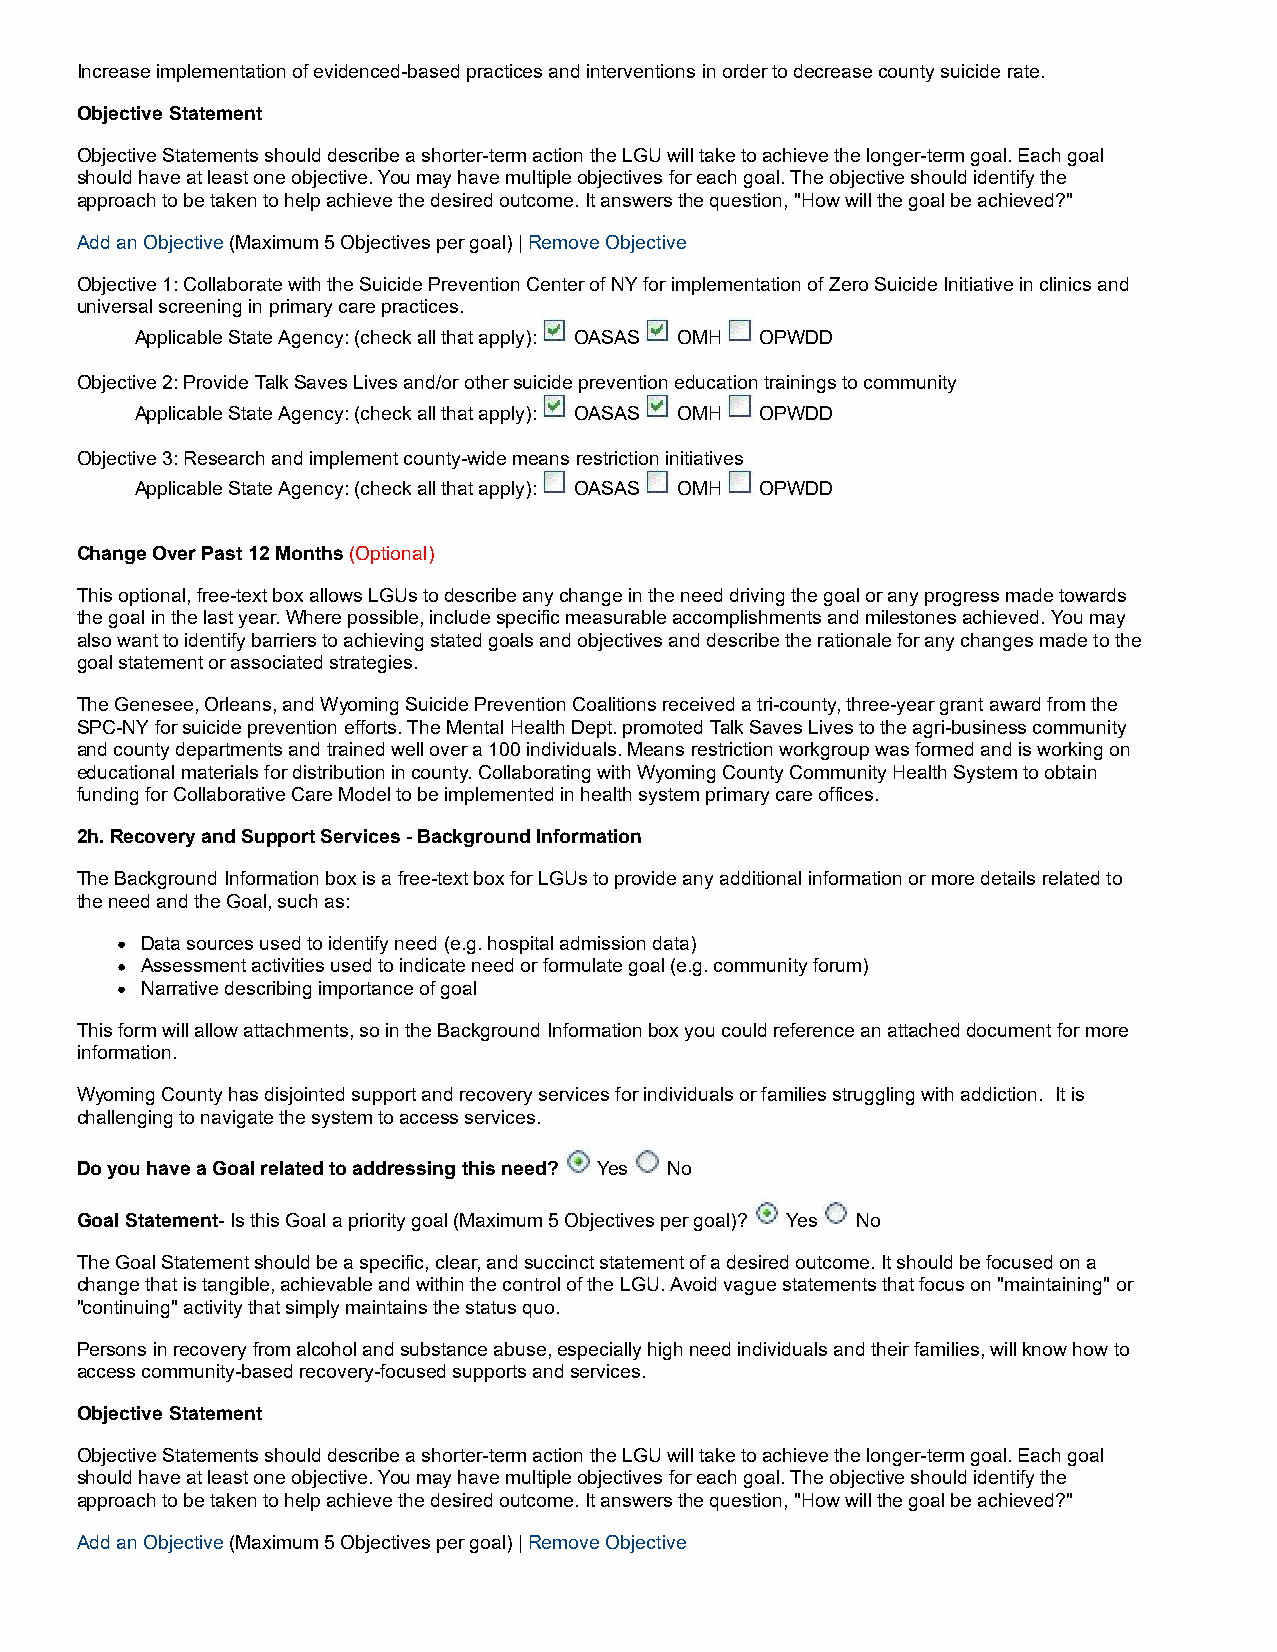
Increase implementation of evidenced-based practices and interventions in order to decrease county suicide rate.
 Objective Statement
 Objective Statements should describe a shorter-term action the LGU will take to achieve the longer-term goal. Each goal
 should have at least one objective. You may have multiple objectives for each goal. The objective should identify the
 approach to be taken to help achieve the desired outcome. It answers the question, "How will the goal be achieved?"
 Add an Objective (Maximum 5 Objectives per goal) | Remove Objective
 Objective 1: Collaborate with the Suicide Prevention Center of NY for implementation of Zero Suicide Initiative in clinics and
 universal screening in primary care practices.
 Applicable State Agency: (check all that apply): OASAS OMH OPWDD
 Objective 2: Provide Talk Saves Lives and/or other suicide prevention education trainings to community
 Applicable State Agency: (check all that apply): OASAS OMH OPWDD
 Objective 3: Research and implement county-wide means restriction initiatives
 Applicable State Agency: (check all that apply): OASAS OMH OPWDD
 Change Over Past 12 Months (Optional)
 This optional, free-text box allows LGUs to describe any change in the need driving the goal or any progress made towards
 the goal in the last year. Where possible, include specific measurable accomplishments and milestones achieved. You may
 also want to identify barriers to achieving stated goals and objectives and describe the rationale for any changes made to the
 goal statement or associated strategies.
 The Genesee, Orleans, and Wyoming Suicide Prevention Coalitions received a tri-county, three-year grant award from the
 SPC-NY for suicide prevention efforts. The Mental Health Dept. promoted Talk Saves Lives to the agri-business community
 and county departments and trained well over a 100 individuals. Means restriction workgroup was formed and is working on
 educational materials for distribution in county. Collaborating with Wyoming County Community Health System to obtain
 funding for Collaborative Care Model to be implemented in health system primary care offices.
 2h. Recovery and Support Services - Background Information
 The Background Information box is a free-text box for LGUs to provide any additional information or more details related to
 the need and the Goal, such as:
 Data sources used to identify need (e.g. hospital admission data)
 Assessment activities used to indicate need or formulate goal (e.g. community forum)
 Narrative describing importance of goal
 This form will allow attachments, so in the Background Information box you could reference an attached document for more
 information.
 Wyoming County has disjointed support and recovery services for individuals or families struggling with addiction. It is
 challenging to navigate the system to access services.
 Do you have a Goal related to addressing this need? Yes No
 Goal Statement- Is this Goal a priority goal (Maximum 5 Objectives per goal)? Yes No
 The Goal Statement should be a specific, clear, and succinct statement of a desired outcome. It should be focused on a
 change that is tangible, achievable and within the control of the LGU. Avoid vague statements that focus on "maintaining" or
 "continuing" activity that simply maintains the status quo.
 Persons in recovery from alcohol and substance abuse, especially high need individuals and their families, will know how to
 access community-based recovery-focused supports and services.
 Objective Statement
 Objective Statements should describe a shorter-term action the LGU will take to achieve the longer-term goal. Each goal
 should have at least one objective. You may have multiple objectives for each goal. The objective should identify the
 approach to be taken to help achieve the desired outcome. It answers the question, "How will the goal be achieved?"
 Add an Objective (Maximum 5 Objectives per goal) | Remove Objective